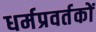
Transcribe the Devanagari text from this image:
धर्मप्रवर्तकों